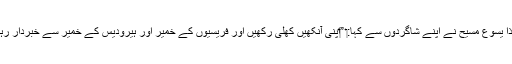
‏ لہٰذا یسوع مسیح نے اپنے شاگردوں سے کہا:‏ ”‏اپنی آنکھیں کُھلی رکھیں اور فریسیوں کے خمیر اور ہیرودیس کے خمیر سے خبردار رہیں۔